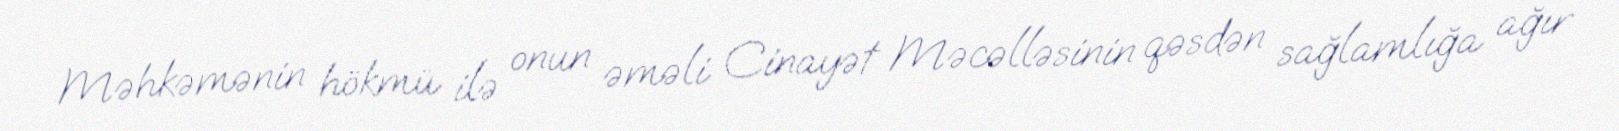
Məhkəmənin hökmü ilə onun əməli Cinayət Məcəlləsinin qəsdən sağlamlığa ağır